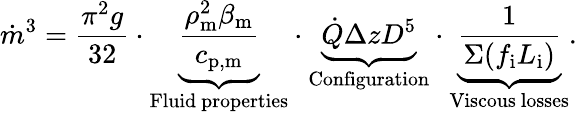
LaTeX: \dot{m}^{3}=\frac{\pi^{2}g}{32}\cdot{\underbrace{\frac{\rho_{\mathrm{m}}^{2}\beta_{\mathrm{m}}}{c_{\mathrm{p,m}}}}_{\mathrm{Fluid~properties}}}\cdot\underbrace{\dot{Q}\Delta zD^{5}}_{\mathrm{Configuration}}\cdot\underbrace{\frac{1}{\Sigma(f_{\mathrm{i}}L_{\mathrm{i}})}}_{\mathrm{Viscous~losses}}.